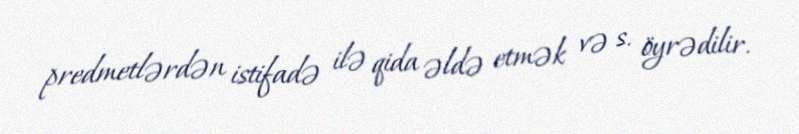
predmetlərdən istifadə ilə qida əldə etmək və s. öyrədilir.